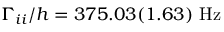
\Gamma _ { i i } / h = 3 7 5 . 0 3 ( 1 . 6 3 ) ~ \mathrm { { H z } }